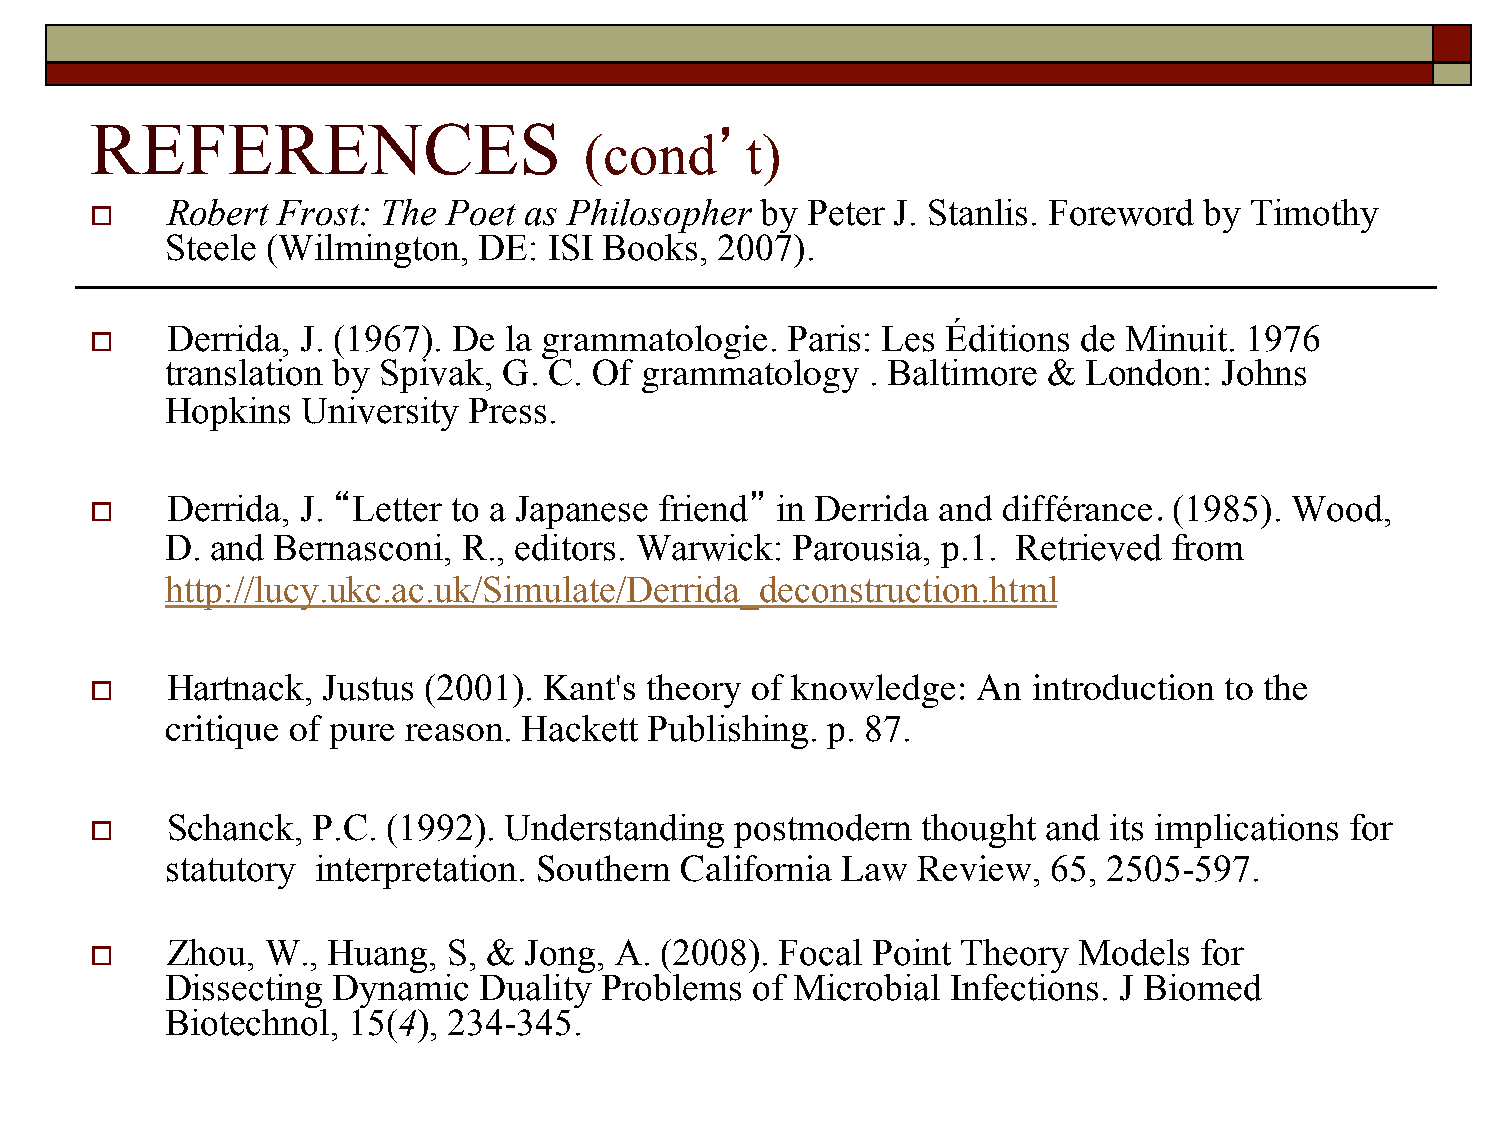
REFERENCES
 (cond’t)
 Robert Frost: The  Poet as Philosopher by Peter J. Stanlis. Foreword by Timothy
 
 Steele (Wilmington,  DE: ISI Books,  2007).
 Derrida, J. (1967). De la grammatologie. Paris: Les Éditions de Minuit. 1976
 
 translation by Spivak, G. C. Of grammatology   . Baltimore & London:  Johns
 Hopkins  University Press.
 Derrida, J. “Letter to a Japanese friend” in Derrida and différance. (1985). Wood,
 
 D. and Bernasconi,  R., editors. Warwick: Parousia, p.1. Retrieved from
 http://lucy.ukc.ac.uk/Simulate/Derrida_deconstruction.html
 Hartnack, Justus (2001). Kant's theory of knowledge:  An introduction to the
 
 critique of pure reason. Hackett Publishing. p. 87.
 Schanck,  P.C. (1992). Understanding  postmodern  thought and its implications for
 
 statutory interpretation. Southern California Law Review,  65, 2505-597.
 Zhou,  W., Huang,  S, & Jong, A. (2008). Focal Point Theory Models  for
 
 Dissecting Dynamic   Duality Problems  of Microbial Infections. J Biomed
 Biotechnol, 15(4), 234-345.